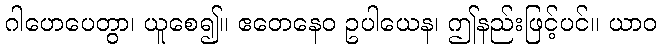
ဂါဟေပေတွာ၊ ယူစေ၍။ ဧတေနေဝ ဥပါယေန၊ ဤနည်းဖြင့်ပင်။ ယာဝ